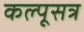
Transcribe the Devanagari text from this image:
कल्पूसत्र